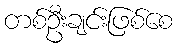
တစ်ဦးချင်းဖြစ်စေ